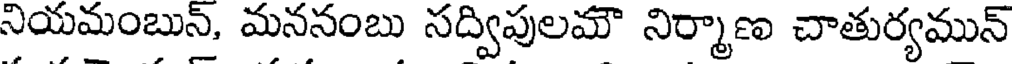
నియమంబున్, మననంబు సద్విపులమౌ నిర్మాణ చాతుర్యమున్